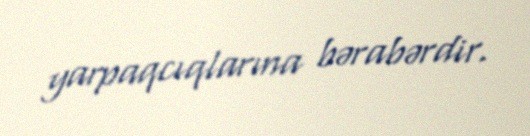
yarpaqcıqlarına bərabərdir.